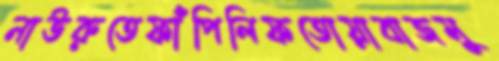
নাউরুতেফাঁপিলিফতোয়াবাজমু